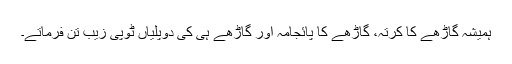
ہمیشہ گاڑھے کا کرتہ، گاڑھے کا پائجامہ اور گاڑھے ہی کی دوپلیاں ٹوپی زیب تن فرماتے۔